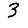
Digit: 3